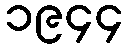
၁၉၄၄